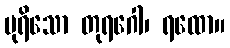
ပုရိသော တုရဂေါ၊ ရထော။